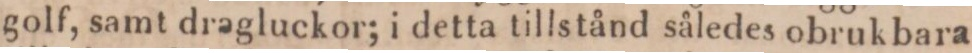
golf, samt dragluckor; i detta tillstånd således obrukbara